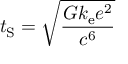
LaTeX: t _ { \mathrm { S } } = { \sqrt { \frac { G k _ { \mathrm { e } } e ^ { 2 } } { c ^ { 6 } } } }